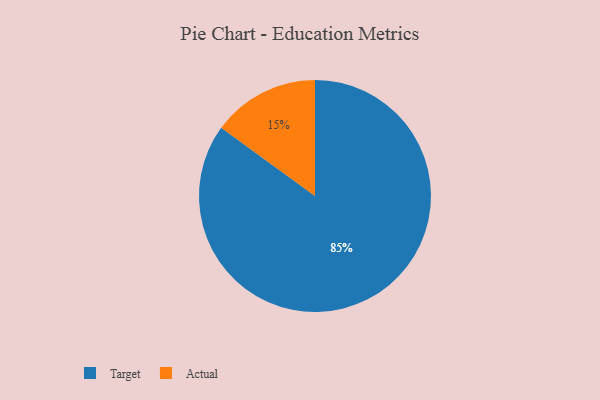
{"axis": {"x": "Category", "y": "Percentage"}, "legend": ["Actual", "Target"], "data": [{"x": "Actual", "y": 15, "type": "Actual"}, {"x": "Target", "y": 85, "type": "Target"}]}